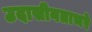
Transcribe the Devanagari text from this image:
उदासीनताभरे